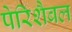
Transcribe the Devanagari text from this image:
पेरिशैबल